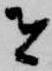
者